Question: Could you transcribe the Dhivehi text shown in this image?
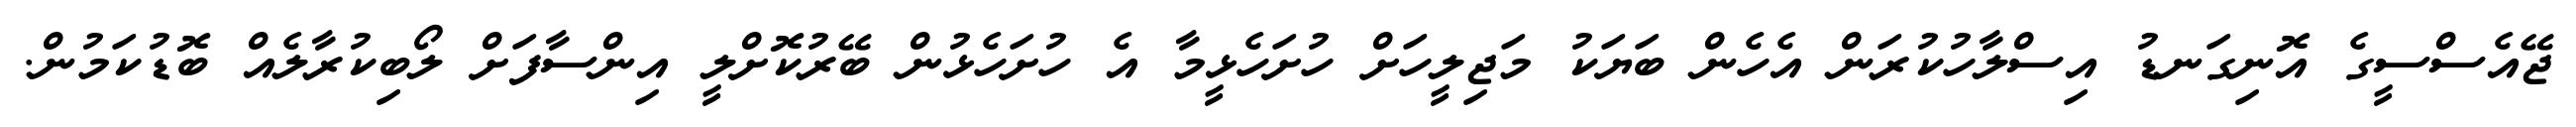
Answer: ޖޭއެސްސީގެ އޮނިގަނޑު އިސްލާހުކުރަން އެހެން ބަޔަކު މަޖިލީހަށް ހުށަހެޅީމާ އެ ހުށަހެޅުން ބޭރުކޮށްލީ އިންސާފަށް ލޯބިކުރާލެއް ބޮޑުކަމުން.